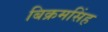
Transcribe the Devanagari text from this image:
बिक्रमसिंह